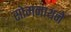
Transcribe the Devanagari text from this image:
सोमनाथने